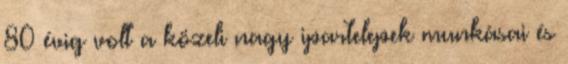
80 évig volt a közeli nagy ipartelepek munkásai és